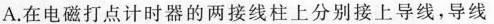
A.在电磁打点计时器的两接线柱上分别接上导线